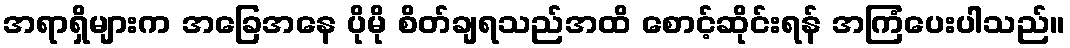
အရာရှိများက အခြေအနေ ပိုမို စိတ်ချရသည်အထိ စောင့်ဆိုင်းရန် အကြံပေးပါသည်။